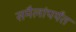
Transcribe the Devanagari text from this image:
समैलांपर्यंत